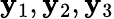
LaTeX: {\mathbf y}_{1},{\mathbf y}_{2},{\mathbf y}_{3}